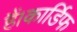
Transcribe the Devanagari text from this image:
हैं।कार्डिफ